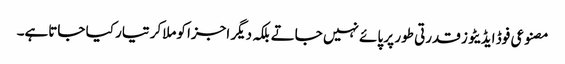
مصنوعی فوڈ ایڈیٹوز قدرتی طور پر پائے نہیں جاتے بلکہ دیگر اجزا کوملاکر تیار کیا جاتاہے۔